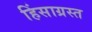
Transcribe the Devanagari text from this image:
हिंसाग्रस्त